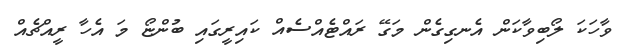
ވާހަކަ ލޯބިވާކަން އެނގިގެން މަގޭ ރައްޓެއްސެެއް ކައިރީގައި ބުންޏޯ މަ އެހާ ރީއްޗެއް